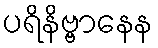
ပရိနိဗ္ဗာနေန